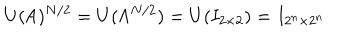
LaTeX: U ( { \sf A } ) ^ { N / 2 } = U ( { \sf A } ^ { N / 2 } ) = U ( I _ { 2 \times 2 } ) = I _ { 2 ^ { n } \times 2 ^ { n } }